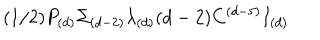
( 1 / 2 ) P _ { ( d ) } \Sigma _ { ( d - 2 ) } \lambda _ { ( d ) } ( d - 2 ) C ^ { ( d - 5 ) } I _ { ( d ) }